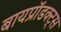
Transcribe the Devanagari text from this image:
बायप्रॉडक्ट्स